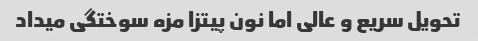
تحویل سریع و عالی اما نون پیتزا مزه سوختگی میداد